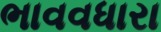
ભાવવધારા